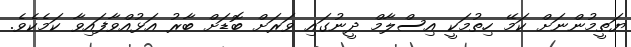
ޔަތީމުންނަށް ކަމޭ ހިތުމަކީ އިސްލާމް ދީނުގައި ވަރަށް ބޮޑަށް ބާރު އަޅުއްވާފައިވާ ކަމެކެވެ.